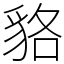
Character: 貉